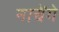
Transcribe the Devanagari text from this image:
नाचेंगे